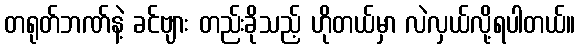
တရုတ်ဘဏ်နဲ့ ခင်ဗျား တည်းခိုသည့် ဟိုတယ်မှာ လဲလှယ်လို့ရပါတယ်။